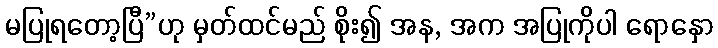
မပြုရတော့ပြီ”ဟု မှတ်ထင်မည် စိုး၍ အန, အက အပြုကိုပါ ရောနှော